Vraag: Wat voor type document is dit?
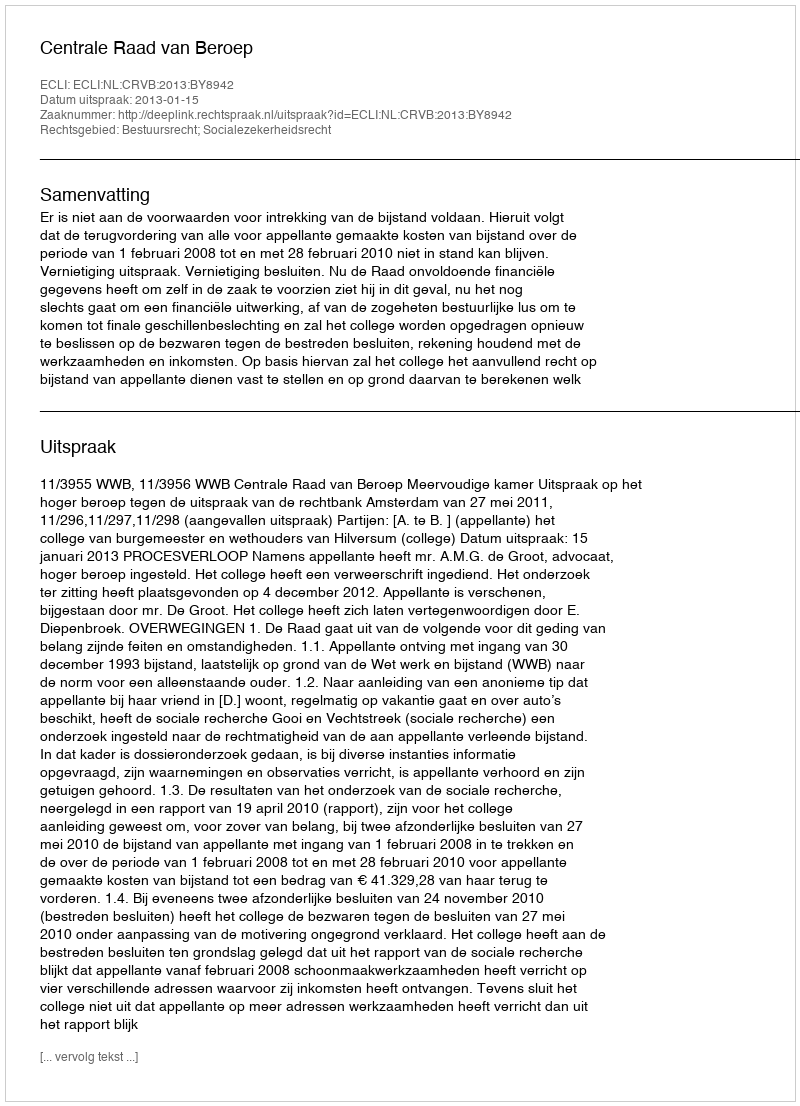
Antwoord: Uitspraak